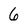
Character: 6